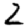
Digit: 2